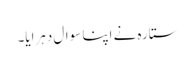
ستارہ نے اپنا سوال دہرایا۔